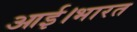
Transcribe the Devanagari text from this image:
आई।भारत